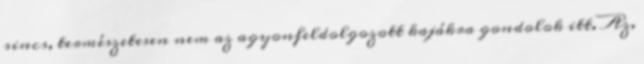
sincs, természetesen nem az agyonfeldolgozott kajákra gondolok itt. Az,